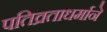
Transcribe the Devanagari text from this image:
पतिव्रताधर्माने